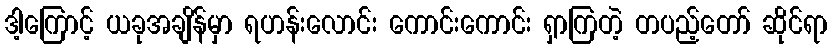
ဒါ့ကြောင့် ယခုအချိန်မှာ ရဟန်းလောင်း ကောင်းကောင်း ရှာကြတဲ့ တပည့်တော် ဆိုင်ရာ